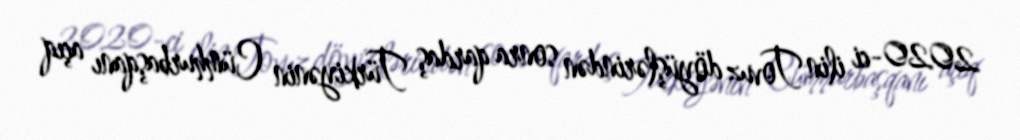
2020-ci ilin Tovuz döyüşlərindən sonra qardaş Türkiyənin Cümhurbaşqanı açıq